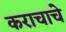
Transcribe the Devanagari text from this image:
कराचाचे